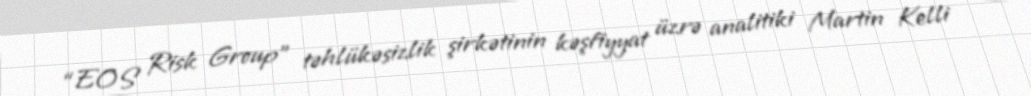
“EOS Risk Group” təhlükəsizlik şirkətinin kəşfiyyat üzrə analitiki Martin Kelli